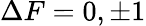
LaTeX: \Delta F=0,\pm 1